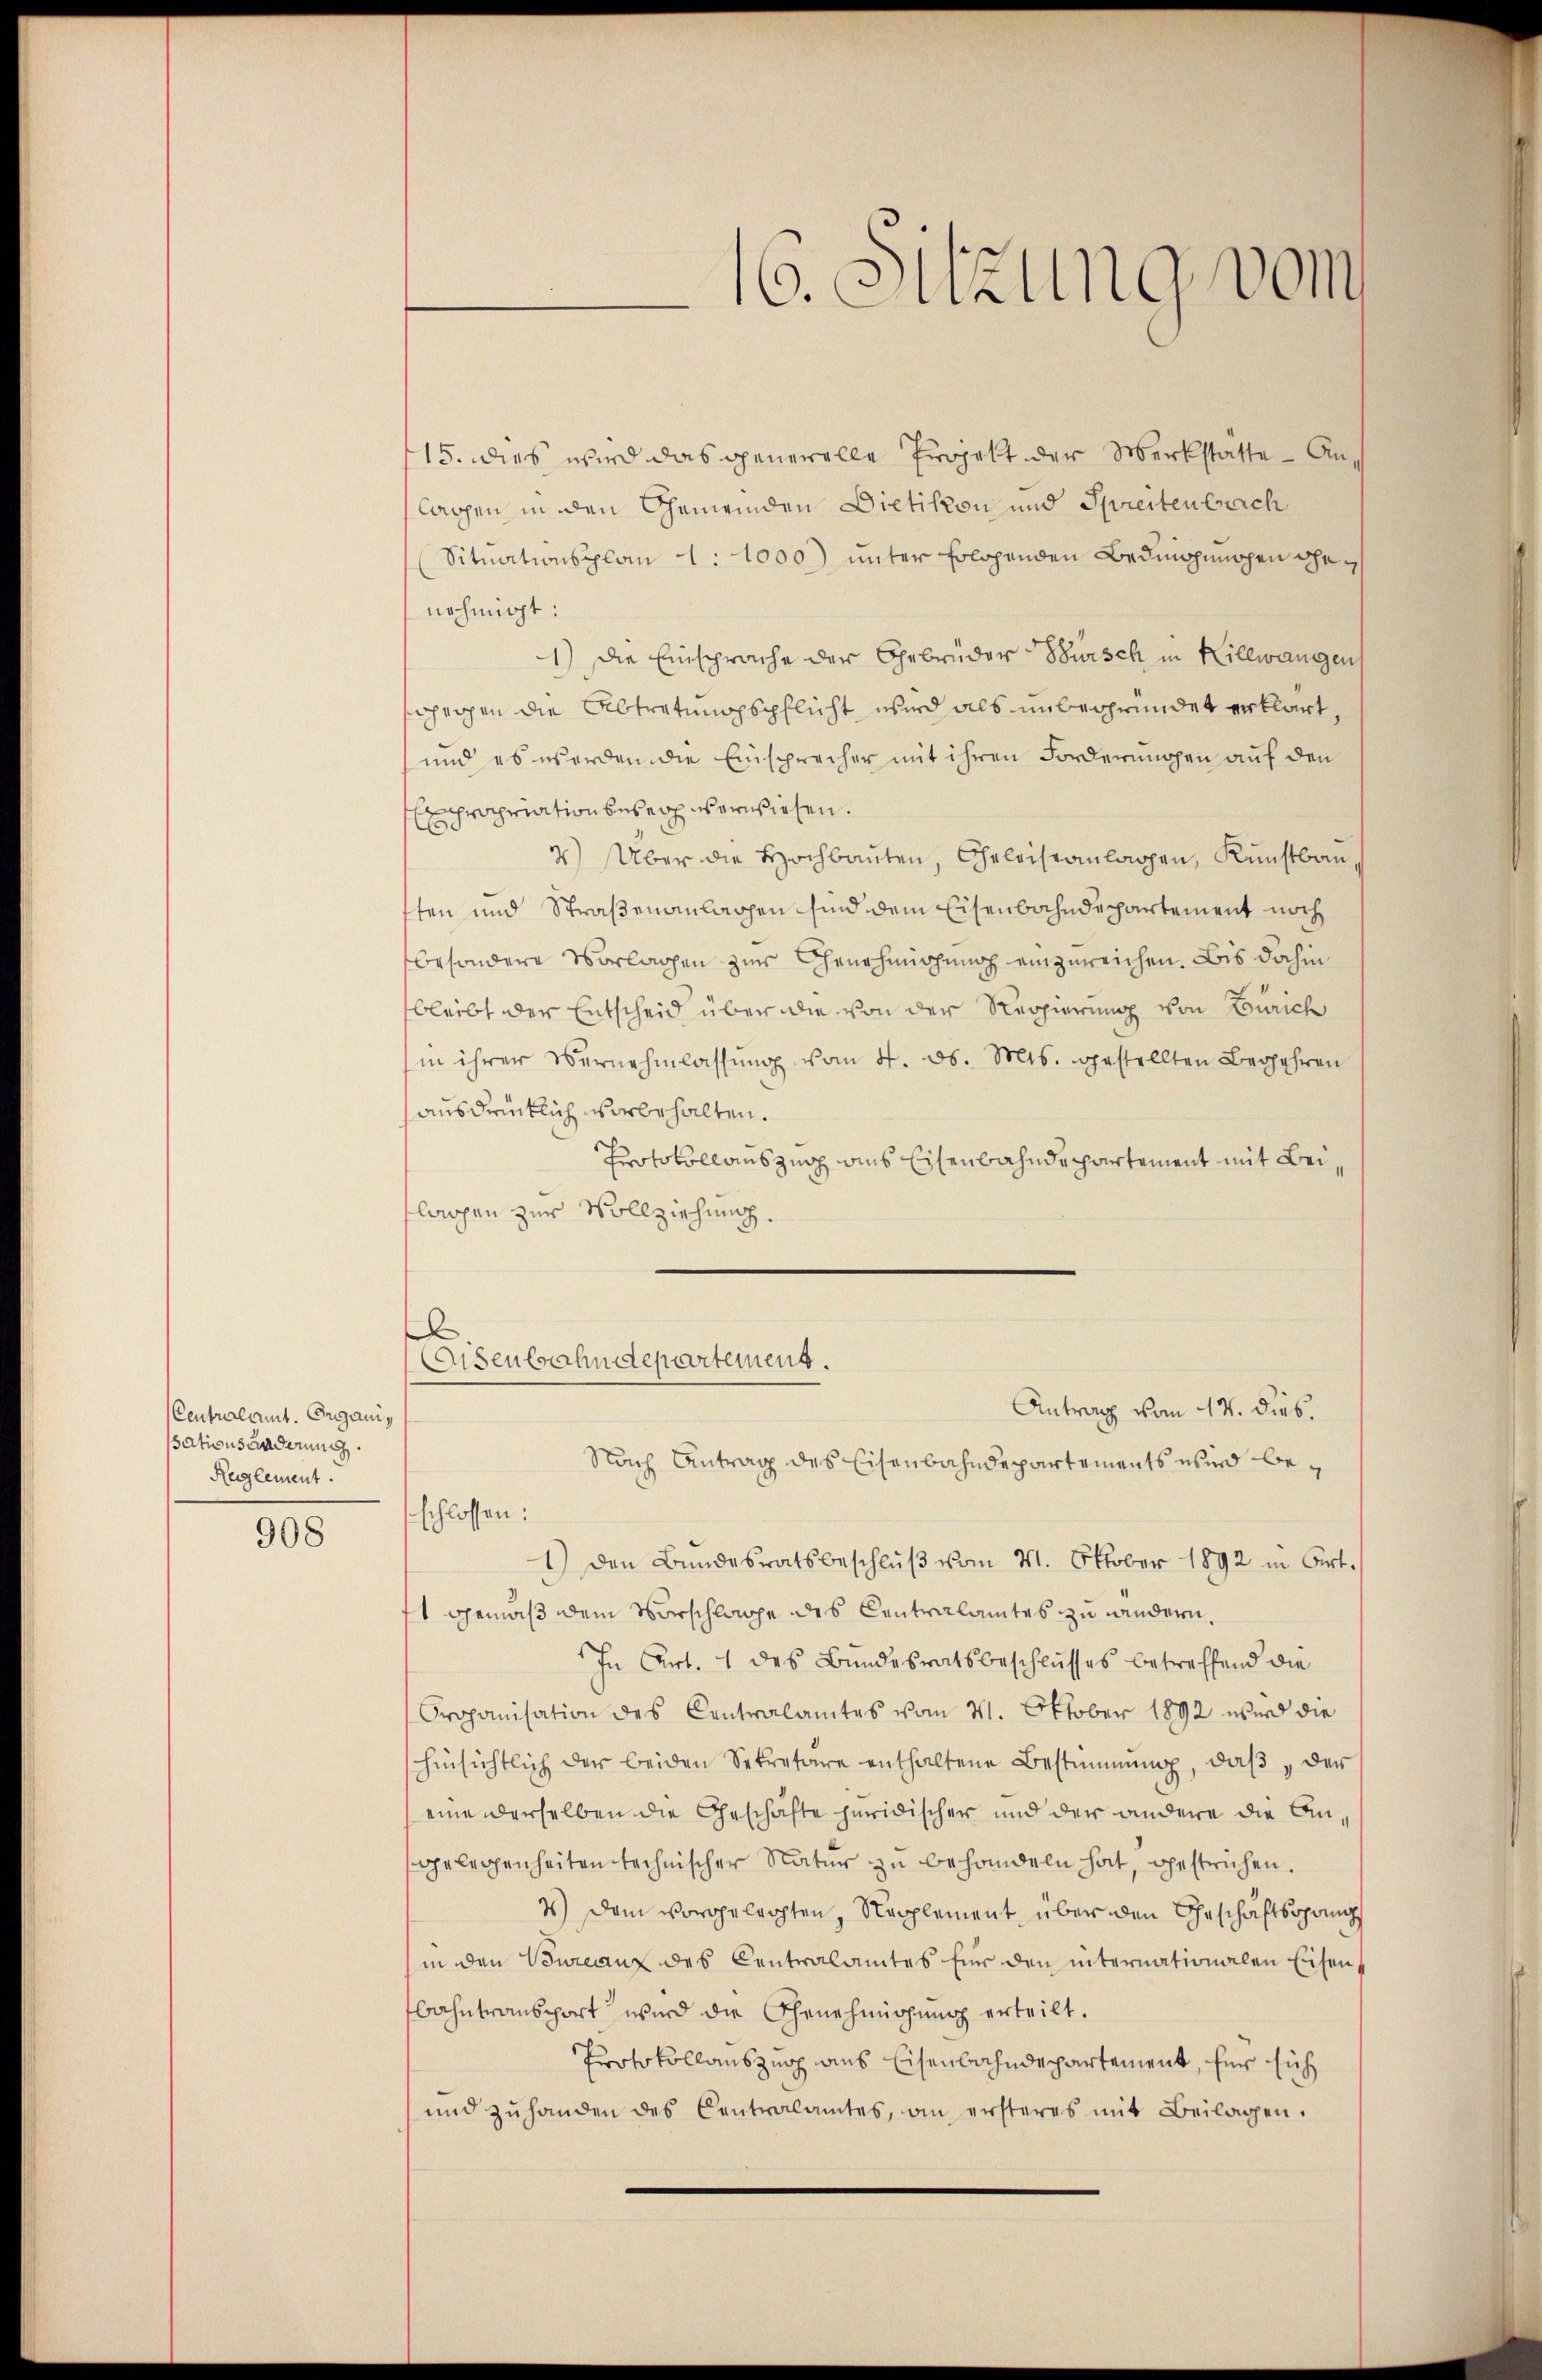
Centralamt. Organi,
ssations anderung.
Reglement.

908

15. dies wird das generelle Projekt der Werkstatte - Anlagen in den Gemeinden Dietikon und Schreitenbrach
Situationsplan 1:1000) unter solchenden Bedingungen genehmigt:
1) Die Einsprache der Gebrüder Bursch in Hillwangen
heigen die Abtretungspflicht wird als unbegründet erklärt,
und es werden die Einsprecher mit ihren Forderungen auf den
Expropriation beseih us erwiesen.
2) Über die Hochbauten, Geleiseanlagen, Kunstbau,
ften und Straßenanlassen sind dem Eisenbahndepartement noch
besondere Vorlachen zur Genehmigung einzureichen. Bis dahin
fbleibt der Entscheid über die von der Regierung von Zürich
in ihrer Vernehmlassŭng vom 4. ds. Mts. gestellten Begehren
ausdrücklich vorbehalten.
Protokollauszug aus Eisenbahndepartement mit Beilassen zur Vollziehung.
x
Eisenbahndepartement.
Antrag vom 17. dieb.
Nach Antrag des Eisenbahndepartements wird beschlossen:
1) den Bundesratsbeschlŭβ vom 21. Oktober 1892 in Art.
ft gemäß dem Vorschlage des Centralamtes zu andern,
In Art. 1 des Bundesratsbeschlusses betreffend die
Organisation des Centralamtes vom 21. Oktober 1892 wird die
hinsichtlich der beiden Sekretäre enthaltene Bestimmung, daβ der
eine derselben die Geschäfte juridischer und der andere die Angelegenheiten technischer Natur zu behandeln hat, gestrichen.
1) Dem vorgeleichten, Nepplement über den Geschäftsgang
(in den Bureauz des Centralamtes für den internationalen Eisen,
bahntransport wird die Genehmigung erteilt.
Protokollauszug aus Eisenbahndepartement, für sich
und zŭ handen des Centralamtes, an ersteres mit Beilagen.

16. Sitzung vom